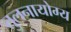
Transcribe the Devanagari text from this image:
तुलनायोग्य